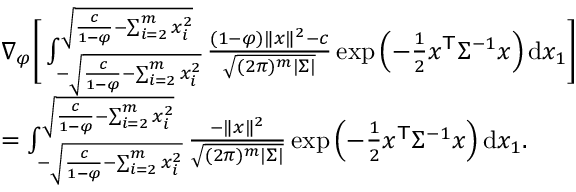
\begin{array} { r l } & { \nabla _ { \varphi } \bigg [ \int _ { - \sqrt { \frac { c } { 1 - \varphi } - \sum _ { i = 2 } ^ { m } x _ { i } ^ { 2 } } } ^ { \sqrt { \frac { c } { 1 - \varphi } - \sum _ { i = 2 } ^ { m } x _ { i } ^ { 2 } } } \frac { ( 1 - \varphi ) \| x \| ^ { 2 } - c } { \sqrt { ( 2 \pi ) ^ { m } | { \Sigma } | } } \exp \left( - \frac { 1 } { 2 } { x } ^ { \mathsf { T } } { \Sigma } ^ { - 1 } { x } \right) \mathrm { d } { x } _ { 1 } \bigg ] } \\ & { = \int _ { - \sqrt { \frac { c } { 1 - \varphi } - \sum _ { i = 2 } ^ { m } x _ { i } ^ { 2 } } } ^ { \sqrt { \frac { c } { 1 - \varphi } - \sum _ { i = 2 } ^ { m } x _ { i } ^ { 2 } } } \frac { - \| x \| ^ { 2 } } { \sqrt { ( 2 \pi ) ^ { m } | { \Sigma } | } } \exp \left( - \frac { 1 } { 2 } { x } ^ { \mathsf { T } } { \Sigma } ^ { - 1 } { x } \right) \mathrm { d } { x } _ { 1 } . } \end{array}